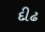
દીઢ